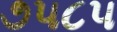
૭૫૮૫